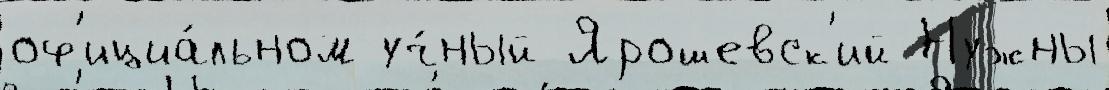
оф'ициа́льном уч́ный Ярошевск'ий Нужны